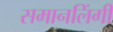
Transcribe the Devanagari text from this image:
समानलिंगी